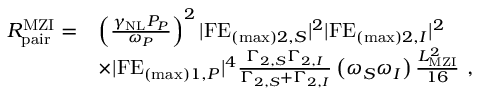
\begin{array} { r l } { R _ { \mathrm { p a i r } } ^ { \mathrm { M Z I } } = } & { \left( \frac { \gamma _ { \mathrm { N L } } P _ { P } } { \omega _ { P } } \right) ^ { 2 } | \mathrm { F E } _ { ( \mathrm { m a x } ) 2 , S } | ^ { 2 } | \mathrm { F E } _ { ( \mathrm { m a x } ) 2 , I } | ^ { 2 } } \\ & { \times | \mathrm { F E } _ { ( \mathrm { m a x } ) 1 , P } | ^ { 4 } \frac { \Gamma _ { 2 , S } \Gamma _ { 2 , I } } { \Gamma _ { 2 , S } + \Gamma _ { 2 , I } } \left( \omega _ { S } \omega _ { I } \right) \frac { L _ { \mathrm { M Z I } } ^ { 2 } } { 1 6 } \ , } \end{array}